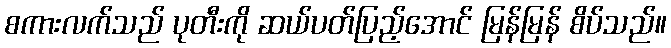
စကားလက်သည် ပုတီးကို ဆယ်ပတ်ပြည့်အောင် မြန်မြန် စိပ်သည်။